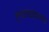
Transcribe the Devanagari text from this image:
लगड़बग्घे